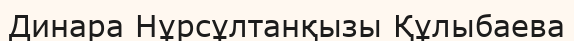
Динара Нұрсұлтанқызы Құлыбаева